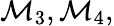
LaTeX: \mathcal{M}_{3},\mathcal{M}_{4},